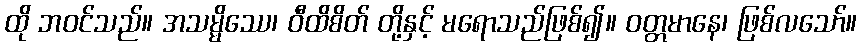
ထို ဘဝင်သည်။ အသမ္မိဿေ၊ ဝီထိစိတ် တို့နှင့် မရောသည်ဖြစ်၍။ ဝတ္တမာနေ၊ ဖြစ်လသော်။